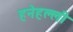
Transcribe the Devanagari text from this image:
हनेहल्ली